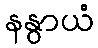
နနွာယံ